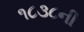
૧૮૩૮ની